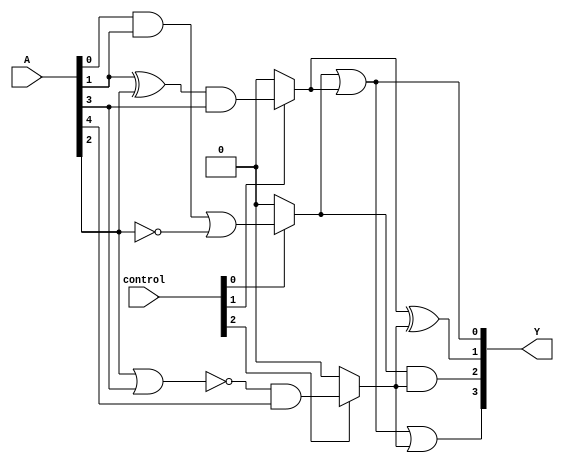
module combinational_logic_block #(
    parameter N = 8, // Number of input signals
    parameter M = 3, // Number of overlapping groups
    parameter O = 4  // Number of output signals
)(
    input  wire [N-1:0] A, // Input signals
    input  wire [M-1:0] control, // Control signals for group activation
    output wire [O-1:0] Y // Output signals
);

// Intermediate signals for each group
wire [N-1:0] group_output [0:M-1];

// Group 0: Operate on A[0], A[1], A[2]
assign group_output[0] = (control[0]) ? (A[0] & A[1]) | (~A[2]) : 0;

// Group 1: Operate on A[1], A[2], A[3]
assign group_output[1] = (control[1]) ? (A[1] ^ A[2]) & A[3] : 0;

// Group 2: Operate on A[2], A[3], A[4]
assign group_output[2] = (control[2]) ? ~(A[2] | A[3]) & A[4] : 0;

// Combine outputs from groups to generate final outputs
assign Y[0] = group_output[0] | group_output[1]; // Output from Group 0 and Group 1
assign Y[1] = group_output[1] ^ group_output[2]; // Output from Group 1 and Group 2
assign Y[2] = group_output[0] & group_output[2]; // AND operation between Group 0 and Group 2
assign Y[3] = group_output[0] | group_output[1] | group_output[2]; // OR operation across all groups

endmodule